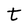
Character: t